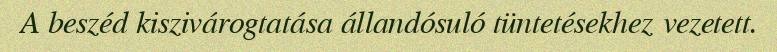
A beszéd kiszivárogtatása állandósuló tüntetésekhez vezetett.